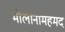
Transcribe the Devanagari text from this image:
मोलानामहमद